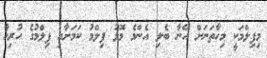
މިފިލްމަކީ މިހާތަނަށް އޭނާ ބެލި އެންމެ މޮޅު ފިލްމު ކަމަށާއި ފިލްމުގެ ހުރިހާ